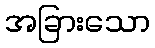
အခြားသော